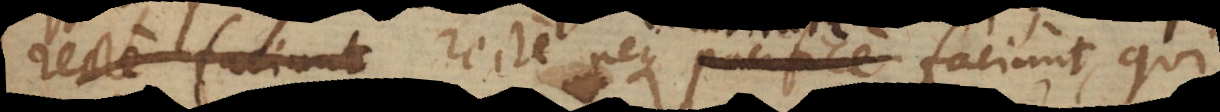
recte faciunt neque pacifice faciunt, qui